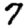
Digit: 7